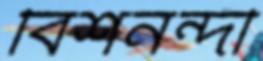
বিশনন্দী